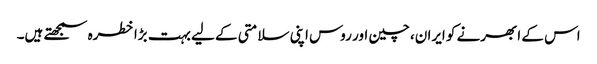
اس کے ابھرنے کو ایران، چین اور روس اپنی سلامتی کے لیے بہت بڑا خطرہ سمجھتے ہیں۔